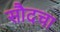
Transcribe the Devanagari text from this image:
सौदचा